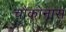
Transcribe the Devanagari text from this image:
चौकोनास